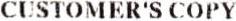
CUSTOMER'S COPY